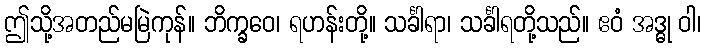
ဤသို့အတည်မမြဲကုန်။ ဘိက္ခဝေ၊ ရဟန်းတို့။ သင်္ခါရာ၊ သင်္ခါရတို့သည်။ ဧဝံ အဒ္ဓု ဝါ၊